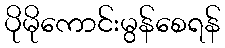
ပိုမိုကောင်းမွန်စေရန်